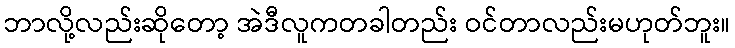
ဘာလို့လည်းဆိုတော့ အဲဒီလူကတခါတည်း ဝင်တာလည်းမဟုတ်ဘူး။